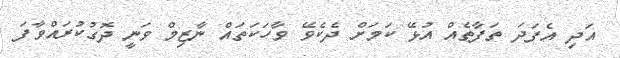
އަދި އެފަދަ ތަފާތެއް އުޅޭ ކަމަށް ދެކެވޭ ވާހަކަތައް ނާޒިމް ވަނީ ދޮގުކުރައްވާފަ